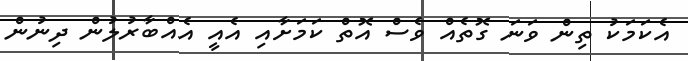
އެކަމަކު ތިން ވަނަ ގޮތެއް ވެސް އޮތް ކަމަށާއި އެއީ އެއްބާރުލުން ދިނުން